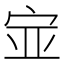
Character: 𫳃